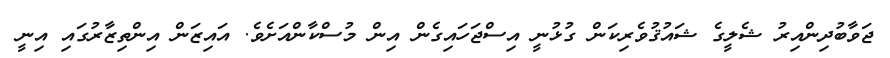
ޖަވާބުދިންއިރު ޝެލީގެ ޝައުޤުވެރިކަން ގުޅުނީ އިސްޖަހައިގެން އިން މުސްކާންއަށެވެ. އައިޒަން އިންތިޒާރުގައި އިނީ